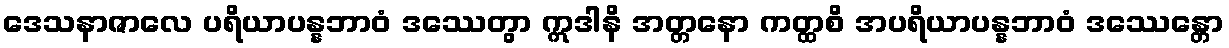
ဒေသနာဇာလေ ပရိယာပန္နဘာဝံ ဒဿေတွာ ဣဒါနိ အတ္တနော ကတ္ထစိ အပရိယာပန္နဘာဝံ ဒဿေန္တော